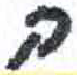
אות: ה